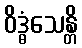
ဝိဒ္ဓံသေန္တိ